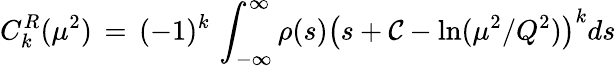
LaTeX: C_{k}^{R}(\mu^{2})\, =\, (-1)^{k}\, \int_{-\infty}^{\infty}\rho(s)\left(s+{\cal C}-\ln(\mu^{2}/Q^{2})\right)^{k}ds